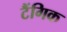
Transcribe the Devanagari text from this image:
टैंगिक